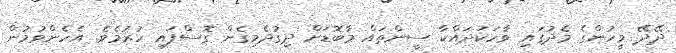
ދޭދޭ މީހުންގެ މެދުގައި ވާހަކަދައްކާ ސީންތައް މާބޮޑަށް ދިގުދެމިގެން ގޮސްފައި ހުރުމެވެ. އެހެންވުމުން